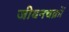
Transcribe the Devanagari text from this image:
जीवनचक्रों